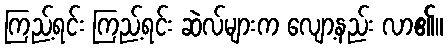
ကြည့်ရင်း ကြည့်ရင်း ဆဲလ်များက လျော့နည်း လာ၏။